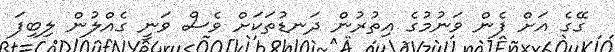
ގޭގެ އަށް ފެން ވަނުމުގެ އިތުރުން ދަނޑުތަކަށް ވެސް ވަނީ ގެއްލުން ލިބިފަ